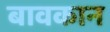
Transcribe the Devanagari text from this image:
बावकान